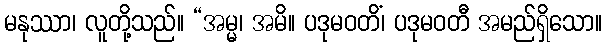
မနုဿာ၊ လူတို့သည်။ “အမ္မ၊ အမိ။ ပဒုမဝတိံ၊ ပဒုမဝတီ အမည်ရှိသော။